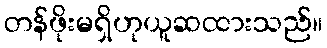
တန်ဖိုးမရှိဟုယူဆထားသည်။